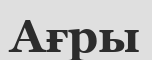
Ағры